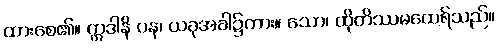
ထားစေ၏။ ဣဒါနိ ပန၊ ယခုအခါ၌ကား။ သော၊ ထိုတိဿမထေရ်သည်။